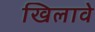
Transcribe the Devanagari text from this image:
खिलावे